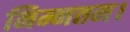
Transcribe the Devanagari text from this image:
निम्नतम।